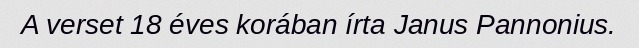
A verset 18 éves korában írta Janus Pannonius.